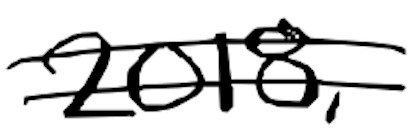
Text: 2018,
Cross-out: double-line
Writing tool: digital_black